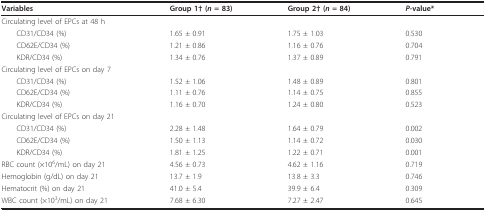
| Variables | Group 1† (n = 83) | Group 2† (n = 84) | P-value* |
 | --- | --- | --- | --- |
 | Circulating level of EPCs at 48 h |  |  |  |
 | CD31/CD34 (%) | 1.65 ± 0.91 | 1.75 ± 1.03 | 0.530 |
 | CD62E/CD34 (%) | 1.21 ± 0.86 | 1.16 ± 0.76 | 0.704 |
 | KDR/CD34 (%) | 1.34 ± 0.76 | 1.37 ± 0.89 | 0.791 |
 | Circulating level of EPCs on day 7 |  |  |  |
 | CD31/CD34 (%) | 1.52 ± 1.06 | 1.48 ± 0.89 | 0.801 |
 | CD62E/CD34 (%) | 1.11 ± 0.76 | 1.14 ± 0.75 | 0.855 |
 | KDR/CD34 (%) | 1.16 ± 0.70 | 1.24 ± 0.80 | 0.523 |
 | Circulating level of EPCs on day 21 |  |  |  |
 | CD31/CD34 (%) | 2.28 ± 1.48 | 1.64 ± 0.79 | 0.002 |
 | CD62E/CD34 (%) | 1.50 ± 1.13 | 1.14 ± 0.72 | 0.030 |
 | KDR/CD34 (%) | 1.81 ± 1.25 | 1.22 ± 0.71 | 0.001 |
 | RBC count (×106/mL) on day 21 | 4.56 ± 0.73 | 4.62 ± 1.16 | 0.719 |
 | Hemoglobin (g/dL) on day 21 | 13.7 ± 1.9 | 13.8 ± 3.3 | 0.746 |
 | Hematocrit (%) on day 21 | 41.0 ± 5.4 | 39.9 ± 6.4 | 0.309 |
 | WBC count (×103/mL) on day 21 | 7.68 ± 6.30 | 7.27 ± 2.47 | 0.645 |